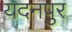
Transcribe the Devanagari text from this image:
यदनपुर